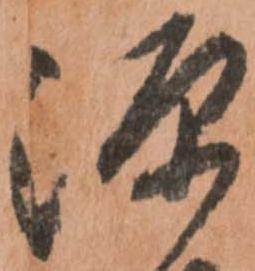
源